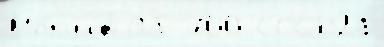
Мог'ил'́в Об 700 СССР21